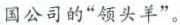
国公司的”领头羊”。